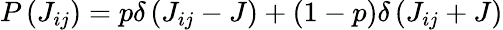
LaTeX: P\left({{J}_{ij}}\right)=p\delta\left({{J}_{ij}}-J\right)+(1-p)\delta\left({{J}_{ij}}+J\right)